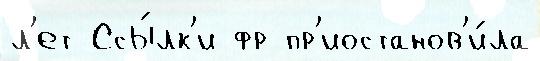
л'ет Ссы́лк'и фр пр'иостанов'и́ла